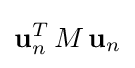
{\textbf {u}}_{n}^{T}\,M\,{\textbf {u}}_{n}